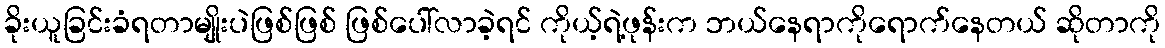
ခိုးယူခြင်းခံရတာမျိုးပဲဖြစ်ဖြစ် ဖြစ်ပေါ်လာခဲ့ရင် ကိုယ့်ရဲ့ဖုန်းက ဘယ်နေရာကိုရောက်နေတယ် ဆိုတာကို